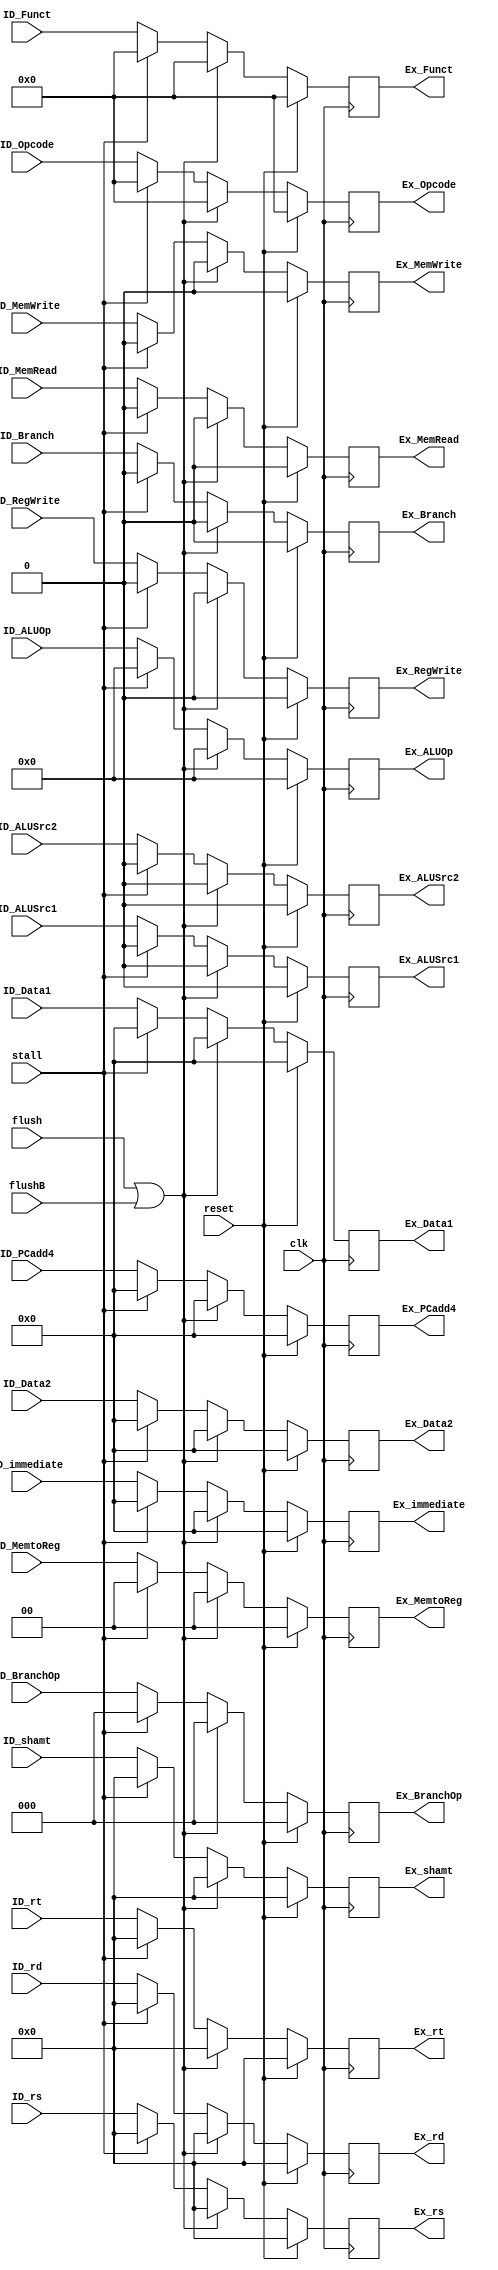
`timescale 1ns / 1ps
//////////////////////////////////////////////////////////////////////////////////
// Company: 
// Engineer: 
// 
// Design Name: 
// Module Name: ID_EX_reg
// Project Name: 
// Target Devices: 
// Tool Versions: 
// Description: 
// 
// Dependencies: 
// 
// Revision:
// Revision 0.01 - File Created
// Additional Comments:
// 
//////////////////////////////////////////////////////////////////////////////////


module ID_EX_reg(
clk,reset,flush,flushB,stall,
ID_MemRead,ID_MemWrite,ID_MemtoReg,ID_RegWrite,
ID_Branch,ID_BranchOp,ID_ALUSrc1,ID_ALUSrc2,ID_ALUOp,
ID_rd,ID_immediate,ID_PCadd4,ID_rs,ID_rt,ID_Opcode,
Ex_MemRead,Ex_MemWrite,Ex_MemtoReg,Ex_RegWrite,
Ex_Branch,Ex_BranchOp,Ex_ALUSrc1,Ex_ALUSrc2,Ex_ALUOp,
Ex_rd,Ex_immediate,Ex_PCadd4,Ex_rs,Ex_rt,Ex_Opcode,
ID_Data1,ID_Data2,ID_shamt,ID_Funct,
Ex_Data1,Ex_Data2,Ex_shamt,Ex_Funct
    );

input clk,reset,flush,flushB,stall;
input ID_MemRead,ID_MemWrite,ID_RegWrite,ID_Branch,
        ID_ALUSrc1,ID_ALUSrc2;
input [1:0] ID_MemtoReg;
input [2:0] ID_BranchOp;
input [3:0] ID_ALUOp;
input [4:0] ID_rd,ID_shamt,ID_rs,ID_rt;
input [5:0] ID_Opcode;
input [5:0] ID_Funct;
input [31:0] ID_immediate,ID_PCadd4,ID_Data1,ID_Data2;

output reg Ex_MemRead,Ex_MemWrite,Ex_RegWrite,Ex_Branch,
        Ex_ALUSrc1,Ex_ALUSrc2;
output reg [1:0] Ex_MemtoReg;
output reg [2:0] Ex_BranchOp;
output reg [3:0] Ex_ALUOp;
output reg [4:0] Ex_rd,Ex_shamt,Ex_rs,Ex_rt;
output reg [5:0] Ex_Opcode;
output reg [5:0] Ex_Funct;
output reg [31:0] Ex_immediate,Ex_PCadd4,Ex_Data1,Ex_Data2;

always @(posedge clk)
begin
    if(reset)
    begin
        Ex_MemRead<=1'b0;
        Ex_MemWrite<=1'b0;
        Ex_RegWrite<=1'b0;
        Ex_Branch<=1'b0;
        Ex_ALUSrc1<=1'b0;
        Ex_ALUSrc2<=1'b0;
        Ex_MemtoReg<=2'b0;
        Ex_BranchOp<=3'b0;
        Ex_ALUOp<=4'b0;
        Ex_rd<=5'b0;
        Ex_immediate<=32'h0000;
        Ex_PCadd4<=32'h0000;
        Ex_Data1<=32'h0000;
        Ex_Data2<=32'h0000;
        Ex_shamt<=5'b00000;
        Ex_Funct<=6'd0;
        Ex_rs<=5'd0;
        Ex_rt<=5'd0;
        Ex_Opcode<=6'd0;
    end
    else if(flush || flushB)
    begin
        Ex_MemRead<=1'b0;
        Ex_MemWrite<=1'b0;
        Ex_RegWrite<=1'b0;
        Ex_Branch<=1'b0;
        Ex_ALUSrc1<=1'b0;
        Ex_ALUSrc2<=1'b0;
        Ex_MemtoReg<=2'b0;
        Ex_BranchOp<=3'b0;
        Ex_ALUOp<=4'b0;
        Ex_rd<=5'b0;
        Ex_immediate<=32'h0000;
        Ex_PCadd4<=32'h0000;
        Ex_Data1<=32'h0000;
        Ex_Data2<=32'h0000;
        Ex_shamt<=5'd0;
        Ex_Funct<=6'd0;
        Ex_rs<=5'd0;
        Ex_rt<=5'd0;
        Ex_Opcode<=6'd0;
    end
    else if(stall)
    begin
        Ex_MemRead<=1'b0;
        Ex_MemWrite<=1'b0;
        Ex_RegWrite<=1'b0;
        Ex_Branch<=1'b0;
        Ex_ALUSrc1<=1'b0;
        Ex_ALUSrc2<=1'b0;
        Ex_MemtoReg<=2'b0;
        Ex_BranchOp<=3'b0;
        Ex_ALUOp<=4'b0;
        Ex_rd<=5'b0;
        Ex_immediate<=32'h0000;
        Ex_PCadd4<=32'h0000;
        Ex_Data1<=32'h0000;
        Ex_Data2<=32'h0000;
        Ex_shamt<=5'd0;
        Ex_Funct<=6'd0;
        Ex_rs<=5'd0;
        Ex_rt<=5'd0;
        Ex_Opcode<=6'd0;
    end
    else
    begin
        Ex_MemRead<=ID_MemRead;
        Ex_MemWrite<=ID_MemWrite;
        Ex_RegWrite<=ID_RegWrite;
        Ex_Branch<=ID_Branch;
        Ex_ALUSrc1<=ID_ALUSrc1;
        Ex_ALUSrc2<=ID_ALUSrc2;
        Ex_MemtoReg<=ID_MemtoReg;
        Ex_BranchOp<=ID_BranchOp;
        Ex_ALUOp<=ID_ALUOp;
        Ex_rd<=ID_rd;
        Ex_immediate<=ID_immediate;
        Ex_PCadd4<=ID_PCadd4;
        Ex_Data1<=ID_Data1;
        Ex_Data2<=ID_Data2;
        Ex_shamt<=ID_shamt;
        Ex_Funct<=ID_Funct;
        Ex_rs<=ID_rs;
        Ex_rt<=ID_rt;
        Ex_Opcode<=ID_Opcode;
    end
end
endmodule